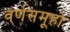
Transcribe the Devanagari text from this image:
वर्णसमूहो